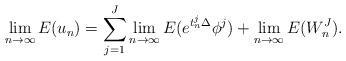
LaTeX: \begin{align*} \lim_{n\to\infty}E(u_n)=\sum_{j=1}^J\lim_{n\to\infty}E(e^{t_n^j\Delta}\phi^j)+\lim_{n\to\infty}E(W_n^J).\end{align*}